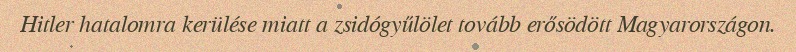
Hitler hatalomra kerülése miatt a zsidógyűlölet tovább erősödött Magyarországon.